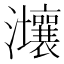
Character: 𤅑